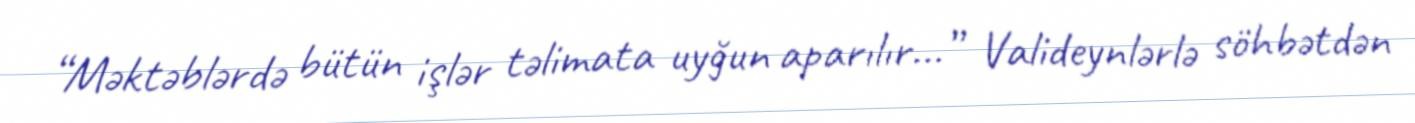
“Məktəblərdə bütün işlər təlimata uyğun aparılır...” Valideynlərlə söhbətdən